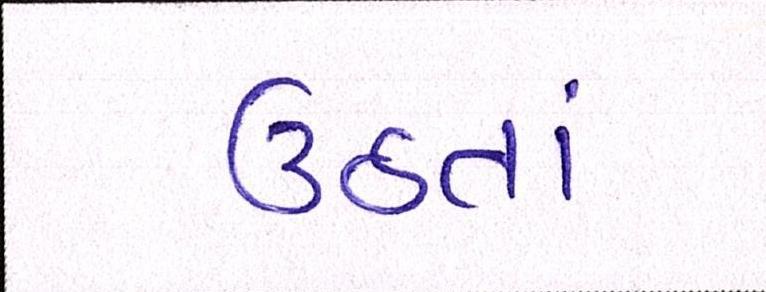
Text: ઉઠતાં